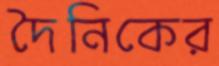
দৈনিকের